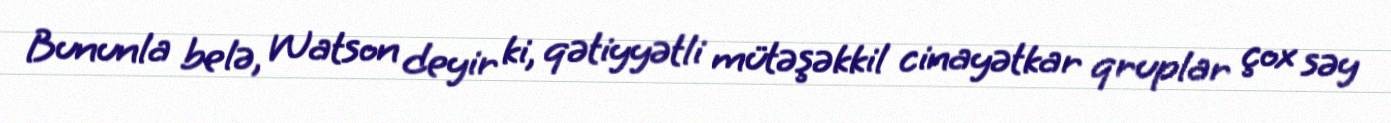
Bununla belə, Watson deyir ki, qətiyyətli mütəşəkkil cinayətkar qruplar çox səy